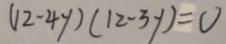
( 1 2 - 4 y ) ( 1 2 - 3 y ) = 0